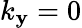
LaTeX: k_{\mathbf{y}}=0